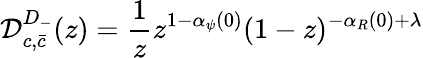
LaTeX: {\cal D}_{c,\bar{c}}^{D_{-}}(z)=\frac{1}{z}z^{1-\alpha_{\psi}(0)}(1-z)^{-\alpha_{R}(0)+\lambda}